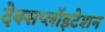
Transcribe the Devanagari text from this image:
देक्सप्लॉइटेशन